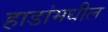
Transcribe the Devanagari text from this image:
हाडांमधील